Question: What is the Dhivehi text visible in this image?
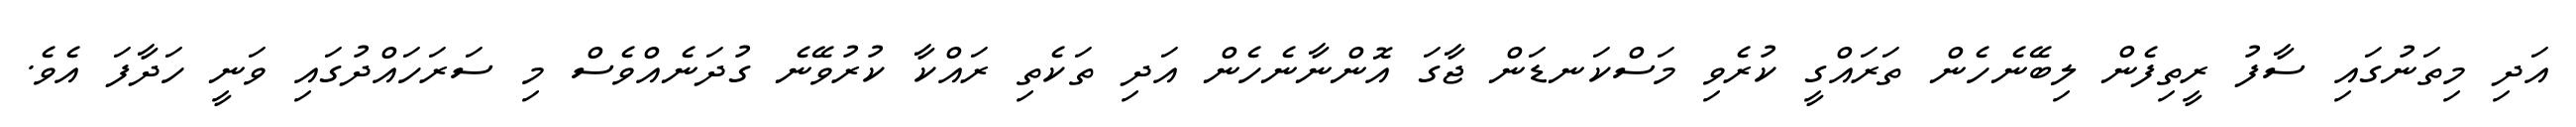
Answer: އަދި މިތަނުގައި ސާފު ރީތިފެން ލިބޭނެހެން ތަރައްގީ ކުރެވި މަސްކަނޑަން ޖާގަ އޮންނާނެހެން އަދި ތަކެތި ރައްކާ ކުރުވޭނެ ގުދަނެއްވެސް މި ސަރަހައްދުގައި ވަނީ ހަދާފަ އެވެ.